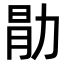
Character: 𫦱